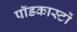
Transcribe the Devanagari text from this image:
पॉडकास्टों